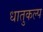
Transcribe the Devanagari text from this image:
धातुकल्प